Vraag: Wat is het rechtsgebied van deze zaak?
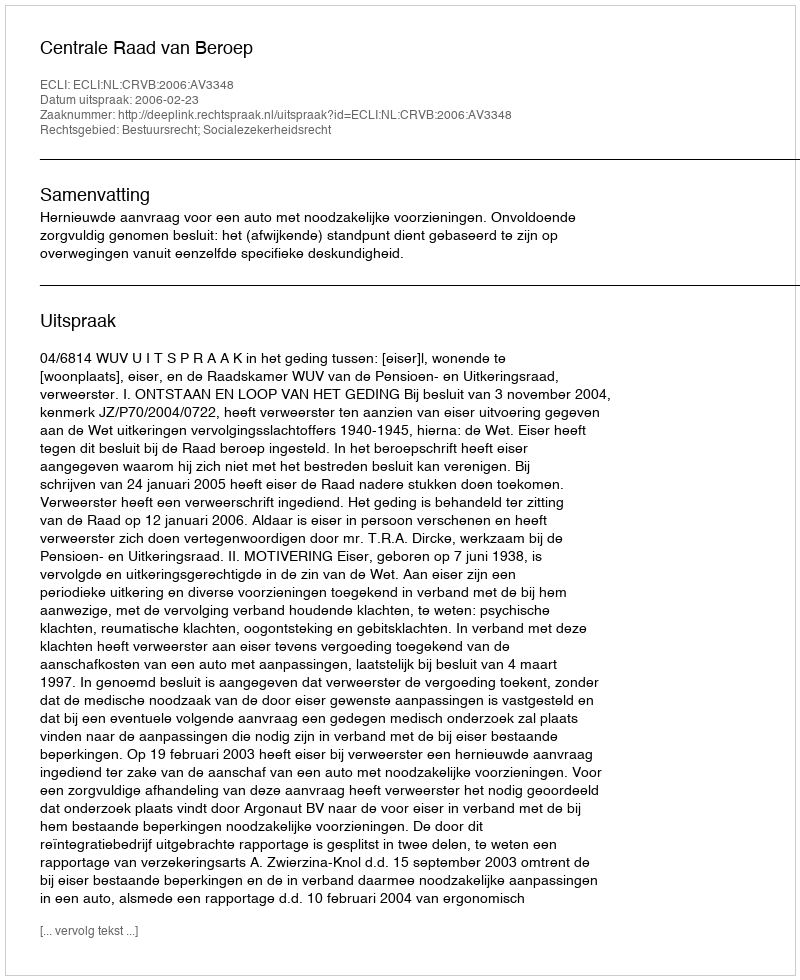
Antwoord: Bestuursrecht; Socialezekerheidsrecht